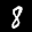
Label: 8